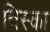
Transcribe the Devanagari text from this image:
बिस्का